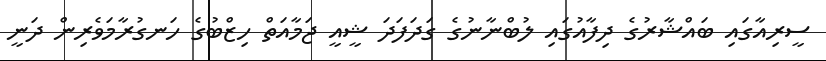
ސީރިއާގައި ބައްޝާރުގެ ދިފާއުގައި ލުބްނާނުގެ ގަދަފަދަ ޝީއީ ޖަމާއަތް ހިޒްބުގެ ހަނގުރާމަވެރިން ދަނީ